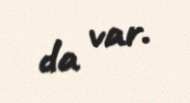
da var.